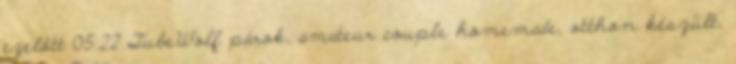
ezelőtt 05:22 TubeWolf párok, amateur couple homemade, otthon készült,